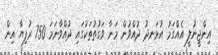
އިންޖީނުލީ އެއްގަމު އުޅަނދު ދުއްވުން މަނާ ވަގުތުތަކުގައި ދުއްވާނަމަ 750 ރުފިޔާ އިން